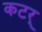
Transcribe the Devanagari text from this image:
कटर्‌